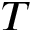
T